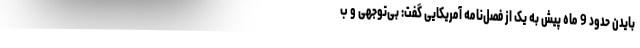
بایدن حدود 9 ماه پیش به یک از فصل‌نامه آمریکایی گفت: بی‌توجهی و ب